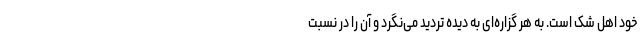
خود اهل شک است. به هر گزاره‌ای به دیده تردید می‌نگرد و آن را در نسبت